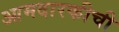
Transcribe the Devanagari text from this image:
आमदारकीची